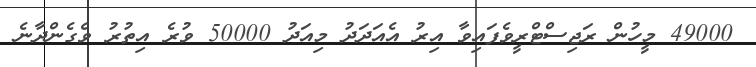
49000 މީހުން ރަޖިސްޓްރީވެފައިވާ އިރު އެއަދަދު މިއަދު 50000 ވުރެ އިތުރު ވެގެންދާނެ